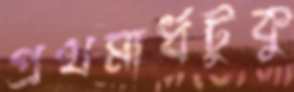
প্রথমার্ধটুকু